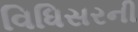
વિધિસરની